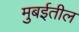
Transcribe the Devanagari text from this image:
मुबईतील